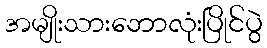
အမျိုးသားဘောလုံးပြိုင်ပွဲ